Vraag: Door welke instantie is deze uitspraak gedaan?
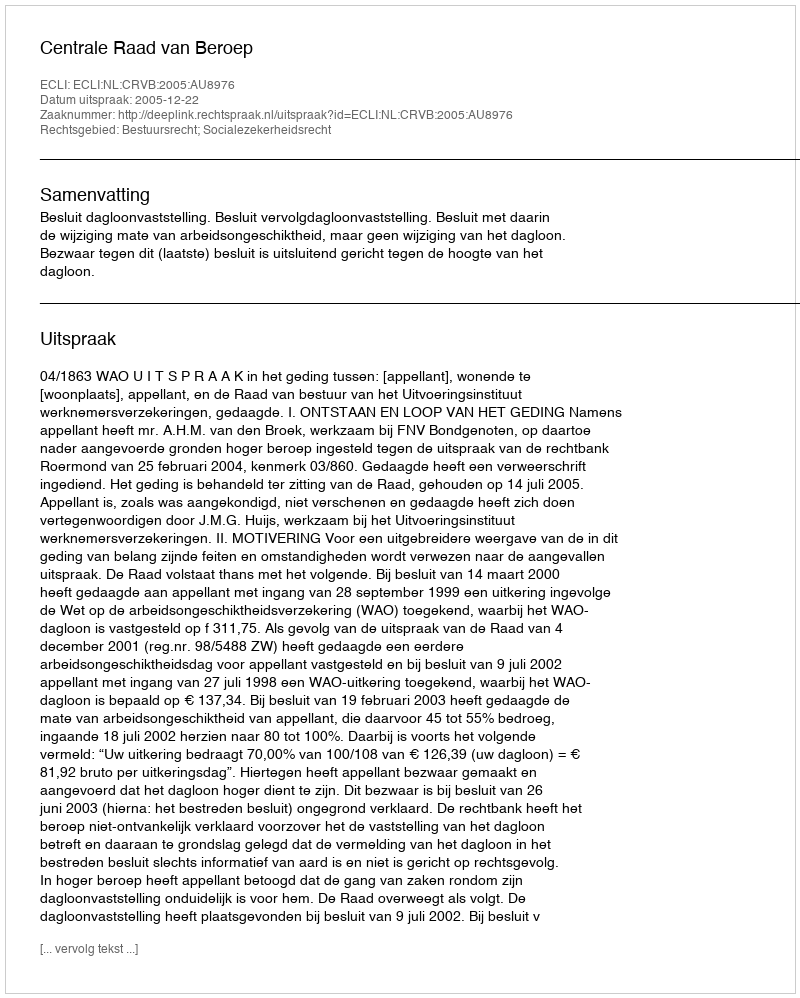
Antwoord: Centrale Raad van Beroep